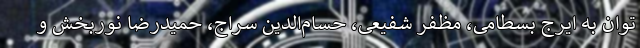
توان به ایرج بسطامی، مظفر شفیعی، حسام‌الدین سراج، حمیدرضا نوربخش و